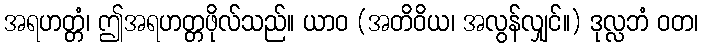
အရဟတ္တံ၊ ဤအရဟတ္တဖိုလ်သည်။ ယာဝ (အတိဝိယ၊ အလွန်လျှင်။) ဒုလ္လဘံ ဝတ၊